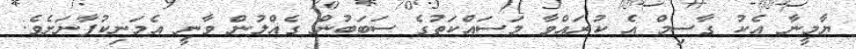
ޔާމީނާ އެކު ގާސިމް އެ ކުރައްވާ މަސައްކަތުގެ ސަބަބުން ގެއްލުން ވާނީ އެމަނިކުފާނަށެވެ.